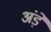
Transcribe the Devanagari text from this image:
अंड़े